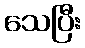
သေပြီး